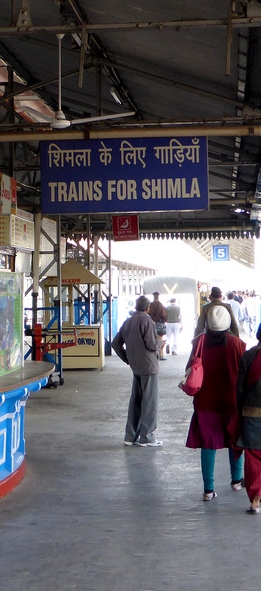
Language: hindi
Transcription: लिए के शिमला